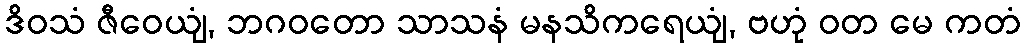
ဒိဝသံ ဇီဝေယျံ, ဘဂဝတော သာသနံ မနသိကရေယျံ, ဗဟုံ ဝတ မေ ကတံ